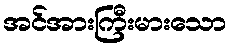
အင်အားကြီးမားသော